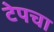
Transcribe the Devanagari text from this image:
टेपचा